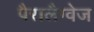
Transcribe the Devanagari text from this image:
पैरालैग्वेज